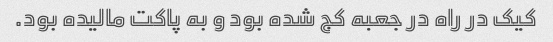
کیک در راه در جعبه کج شده بود و به پاکت مالیده بود.